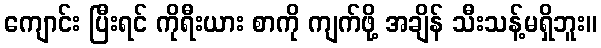
ကျောင်း ပြီးရင် ကိုရီးယား စာကို ကျက်ဖို့ အချိန် သီးသန့်မရှိဘူး။